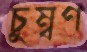
চুম্বণ